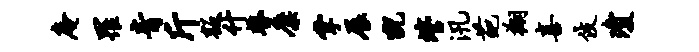
庵罹青斤叛什瞽麋掌展猊管汛葩翔喜伎琼